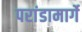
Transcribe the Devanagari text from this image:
परांडामार्गे